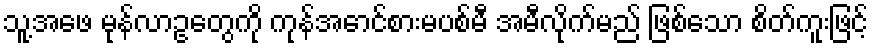
သူ့အဖေ မုန်လာဥတွေကို ကုန်အောင်စားမပစ်မီ အမီလိုက်မည် ဖြစ်သော စိတ်ကူးဖြင့်